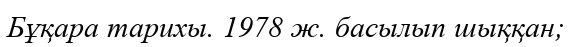
Бұқара тарихы. 1978 ж. басылып шыққан;